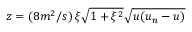
z = ( 8 m ^ { 2 } / s ) \, \xi \sqrt { 1 + \xi ^ { 2 } } \sqrt { u ( u _ { n } - u ) }